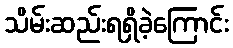
သိမ်းဆည်းရရှိခဲ့ကြောင်း